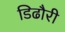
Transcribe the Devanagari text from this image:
डिढौरी